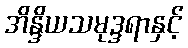
အိန္ဒိယသမုဒ္ဒရာနှင့်